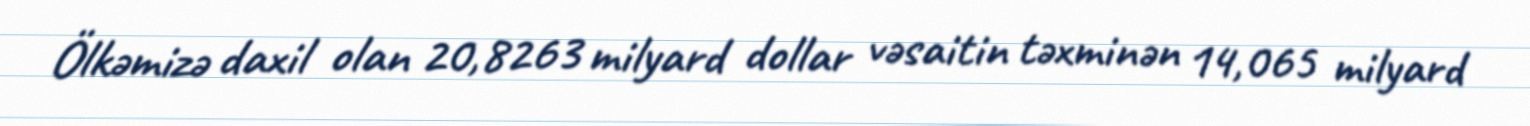
Ölkəmizə daxil olan 20,8263 milyard dollar vəsaitin təxminən 14,065 milyard